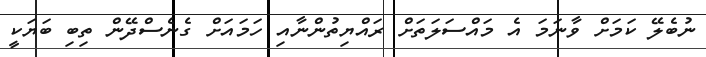
ނުބެލޭ ކަމަށް ވާނަމަ އެ މައްސަލަތަށް ރައްޔިތުންނާއި ހަމައަށް ގެނެސްދޭން ތިބި ބަޔަކީ